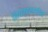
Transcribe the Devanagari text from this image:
नियंत्रकासोबत